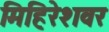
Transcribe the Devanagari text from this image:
मिहिरेशवर